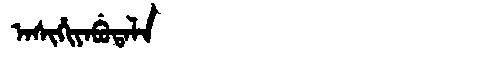
Manchu: ᠠᠰᡳᡥᡳᠶᠠᠪᡠᡨᠠᠯᠠ
Romanization: ASIHIYABUTALA